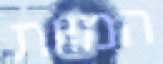
המוות